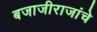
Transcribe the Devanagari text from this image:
बजाजीराजांचे